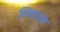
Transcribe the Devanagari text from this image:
स्मिथाउज़र